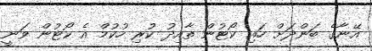
އޭނާގެ ބަންދަށް ހައި ކޯޓުން ތާއިދު ކުރި ހުކުމް އެ ކޯޓުން ވަނީ